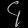
Digit: ၄